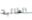
الطالبة